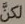
لكن